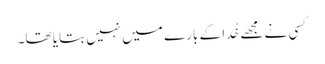
کسی نے مجھے خُدا کے بارے میں نہیں بتایا تھا۔